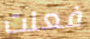
فعلت